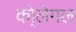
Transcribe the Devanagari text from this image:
को्लेगल